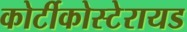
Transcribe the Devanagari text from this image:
कोर्टीकोस्टेरायड